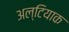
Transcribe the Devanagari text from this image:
अल्टियाक